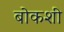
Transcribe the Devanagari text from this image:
बोकशी